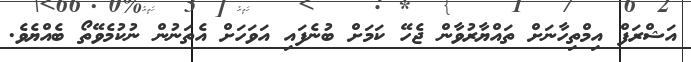
އަޝްރަފް އިމްތިހާނަށް ތައްޔާރުވާން ޖެހޭ ކަމަށް ބުނެފައި އަވަހަށް އެތަނުން ނުކުމެވޭތޯ ބެއްޔެވެ.